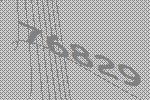
76829